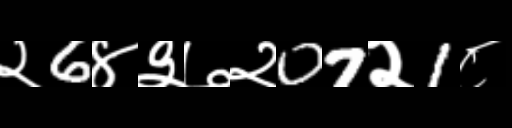
Text: २6४३७२07२1८